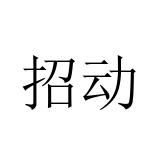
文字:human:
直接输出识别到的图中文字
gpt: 招动